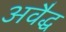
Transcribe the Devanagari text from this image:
अवैद्ध